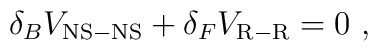
\delta_{B}V_{\rm NS-NS}+\delta_{F}V_{\rm R-R}=0~,